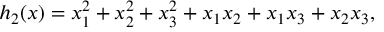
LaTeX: h _ { 2 } ( x ) = x _ { 1 } ^ { 2 } + x _ { 2 } ^ { 2 } + x _ { 3 } ^ { 2 } + x _ { 1 } x _ { 2 } + x _ { 1 } x _ { 3 } + x _ { 2 } x _ { 3 } ,